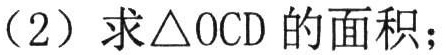
（2）求\(\triangle OCD\)的面积；